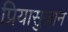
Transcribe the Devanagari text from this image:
प्रियासुजान